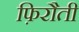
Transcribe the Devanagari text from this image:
फ़िरौती